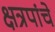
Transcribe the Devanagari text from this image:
क्षत्रपांचे